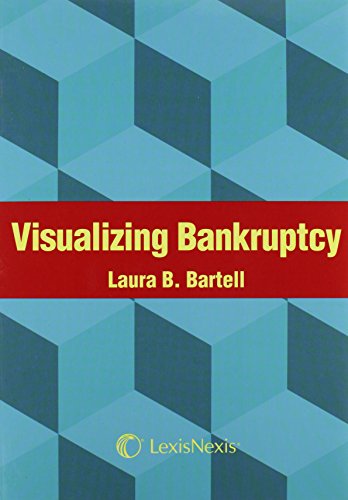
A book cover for Visualizing Bankruptcy (2011); Laura B. Bartell; Law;